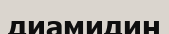
диамидин